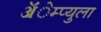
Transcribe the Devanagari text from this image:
ॲेम्प्युला